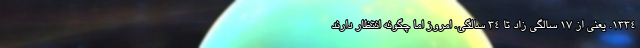
1334. یعنی از 17 سالگی زاد تا 34 سالگی. امروز اما چگونه انتظار دارند